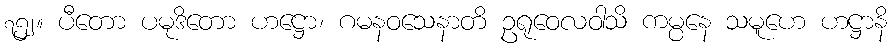
၇၅၂။ ပီတော ပမုဒိတော ဟဋ္ဌော၊ ဂမနဝသေနာတိ ဥရုဝေလဝါသိ ကမ္ပနေ သမူဟေ ဟဋ္ဌာနိ